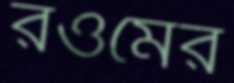
রওমের